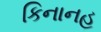
કિનાનહ